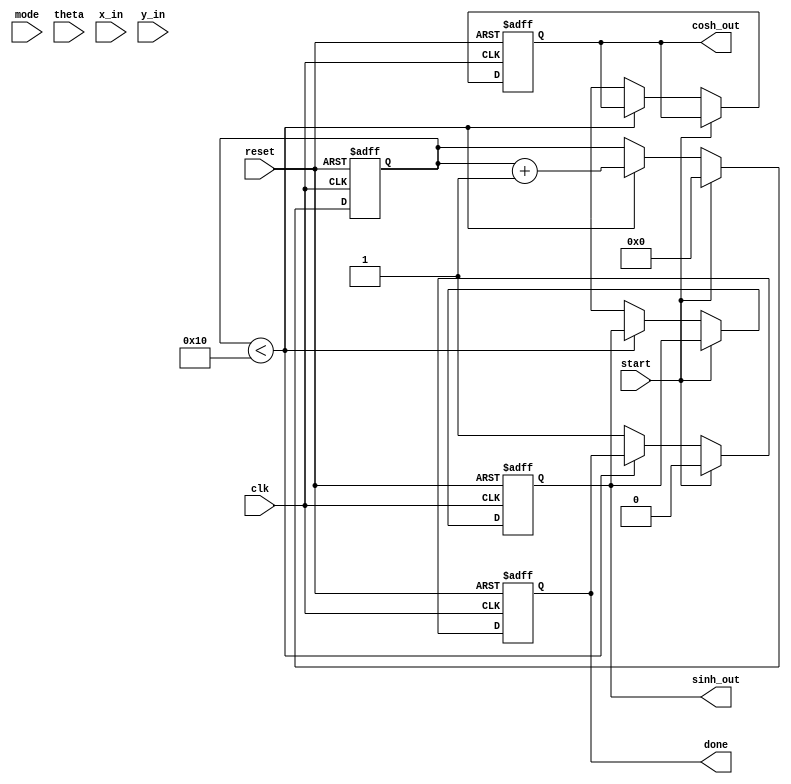
module hyperbolic_cordic (
    input wire clk,
    input wire reset,
    input wire start,
    input wire mode, // 0 for hyperbolic, 1 for circular
    input wire [15:0] theta, // Input angle in radians (fixed-point representation)
    input wire [15:0] x_in, // Initial x value
    input wire [15:0] y_in, // Initial y value
    output reg [15:0] sinh_out, // Output for hyperbolic sine
    output reg [15:0] cosh_out, // Output for hyperbolic cosine
    output reg done // Indicates computation is complete
);
    
    // CORDIC parameters
    parameter NUM_ITERATIONS = 16;
    reg signed [15:0] x [0:NUM_ITERATIONS-1];
    reg signed [15:0] y [0:NUM_ITERATIONS-1];
    reg [15:0] angle_table [0:NUM_ITERATIONS-1]; // Precomputed angle table
    reg [3:0] iteration; // Iteration counter

    // Initialize angle table for hyperbolic functions (arctanh values)
    initial begin
        angle_table[0] = 16'h0000; // 0.0
        angle_table[1] = 16'h1C71; // 0.5
        angle_table[2] = 16'h3C71; // 1.0
        angle_table[3] = 16'h5B9A; // 1.5
        // Continue initializing for more angles...
    end

    // Sequential logic for CORDIC iterations
    always @(posedge clk or posedge reset) begin
        if (reset) begin
            iteration <= 0;
            sinh_out <= 0;
            cosh_out <= 0;
            done <= 0;
            x[0] <= 0;
            y[0] <= 0;
        end else if (start) begin
            // Load initial values
            x[0] <= x_in;
            y[0] <= y_in;
            iteration <= 0;
            done <= 0;
        end else if (iteration < NUM_ITERATIONS) begin
            // CORDIC iteration
            if (mode == 0) begin // Hyperbolic mode
                if (y[iteration] >= 0) begin
                    x[iteration + 1] <= x[iteration] - (y[iteration] >>> iteration);
                    y[iteration + 1] <= y[iteration] + (x[iteration] >>> iteration);
                end else begin
                    x[iteration + 1] <= x[iteration] + (y[iteration] >>> iteration);
                    y[iteration + 1] <= y[iteration] - (x[iteration] >>> iteration);
                end
            end else begin // Circular mode (not implemented)
                // Similar logic can be applied for circular functions
            end

            // Update iteration counter
            iteration <= iteration + 1;

        end else begin
            // Store results
            sinh_out <= y[NUM_ITERATIONS];
            cosh_out <= x[NUM_ITERATIONS];
            done <= 1;
        end
    end
endmodule